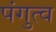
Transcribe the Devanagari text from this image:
पंगुत्व